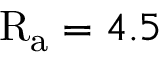
\mathrm { R _ { a } } = 4 . 5